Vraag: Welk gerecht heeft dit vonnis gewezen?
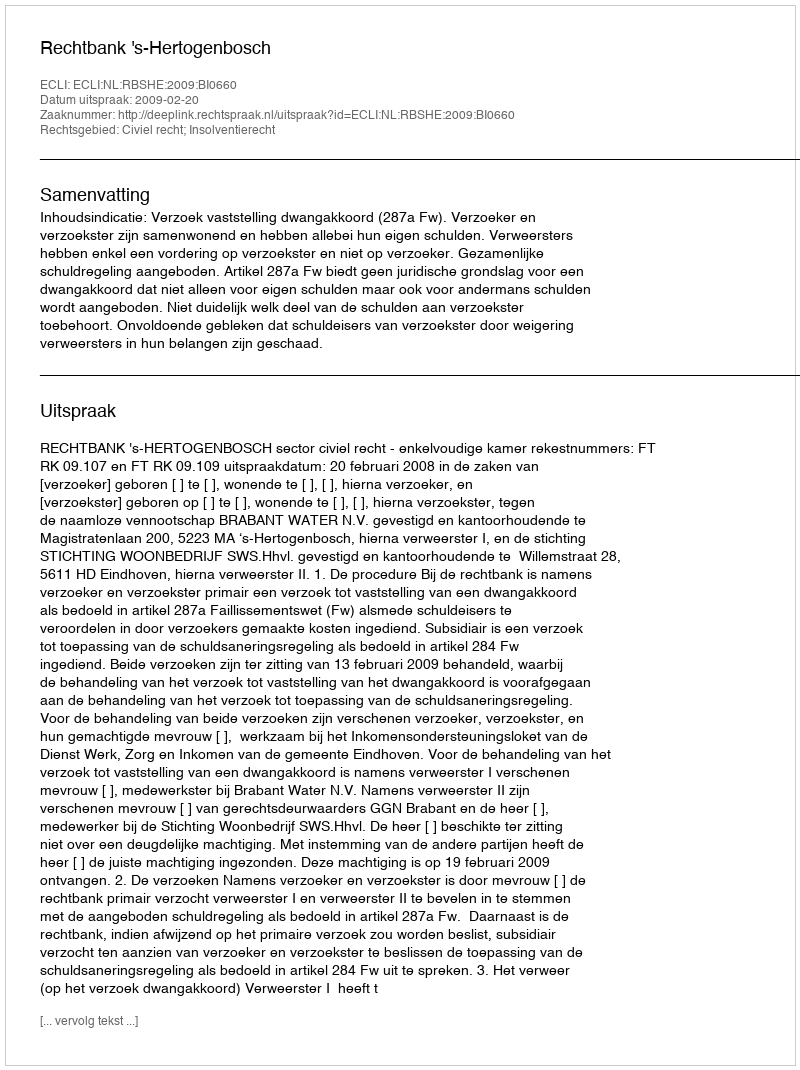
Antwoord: Rechtbank 's-Hertogenbosch